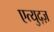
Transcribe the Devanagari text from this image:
एत्युद्ज़